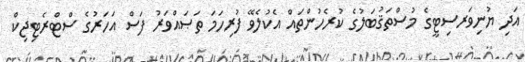
އަދި ޔުނިވަރސިޓީގެ މުސްތަޤުބަލުގެ ކުރެހުންތައް އެކުލެވޭ ފުރިހަމަ ތަޞައްވަރު ފަސް އަހަރުގެ ސްޓްރެޓިޖިކް